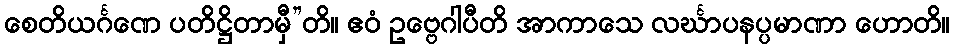
စေတိယင်္ဂဏေ ပတိဋ္ဌိတာမှီ”တိ။ ဧဝံ ဥဗ္ဗေဂါပီတိ အာကာသေ လင်္ဃာပနပ္ပမာဏာ ဟောတိ။